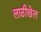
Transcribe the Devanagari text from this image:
लाठीखेल